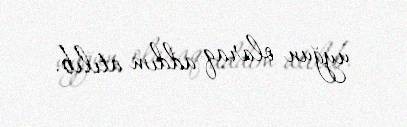
uyğun olaraq addım atılıb.